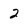
Character: 2